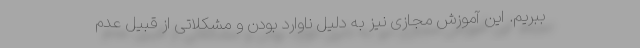
ببریم. این آموزش مجازی نیز به دلیل ناوارد بودن و مشکلاتی از قبیل عدم